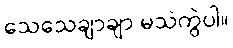
သေသေချာချာ မသဲကွဲပါ။